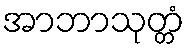
အာဘာသုတ္တံ